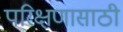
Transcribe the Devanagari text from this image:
परिक्षणासाठी